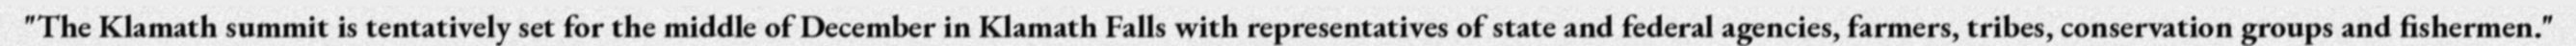
"The Klamath summit is tentatively set for the middle of December in Klamath Falls with representatives of state and federal agencies, farmers, tribes, conservation groups and fishermen."